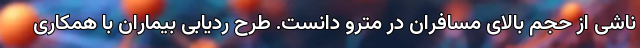
ناشی از حجم بالای مسافران در مترو دانست. طرح ردیابی بیماران با همکاری